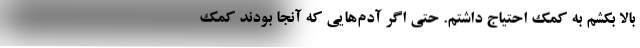
بالا بکشم به کمک احتیاج داشتم. حتی اگر آدم‌هایی که آنجا بودند کمک